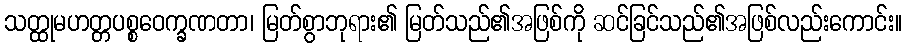
သတ္ထုမဟတ္တပစ္စဝေက္ခဏတာ၊ မြတ်စွာဘုရား၏ မြတ်သည်၏အဖြစ်ကို ဆင်ခြင်သည်၏အဖြစ်လည်းကောင်း။